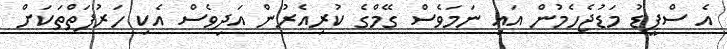
އެ ސްޕީޑު މަޑުޖެހެމުން އައި ނަމަވެސް ގޭމްގެ ކުރިއެރުން އަދިވެސް އެކި ހަރުފަތްތަކަށް